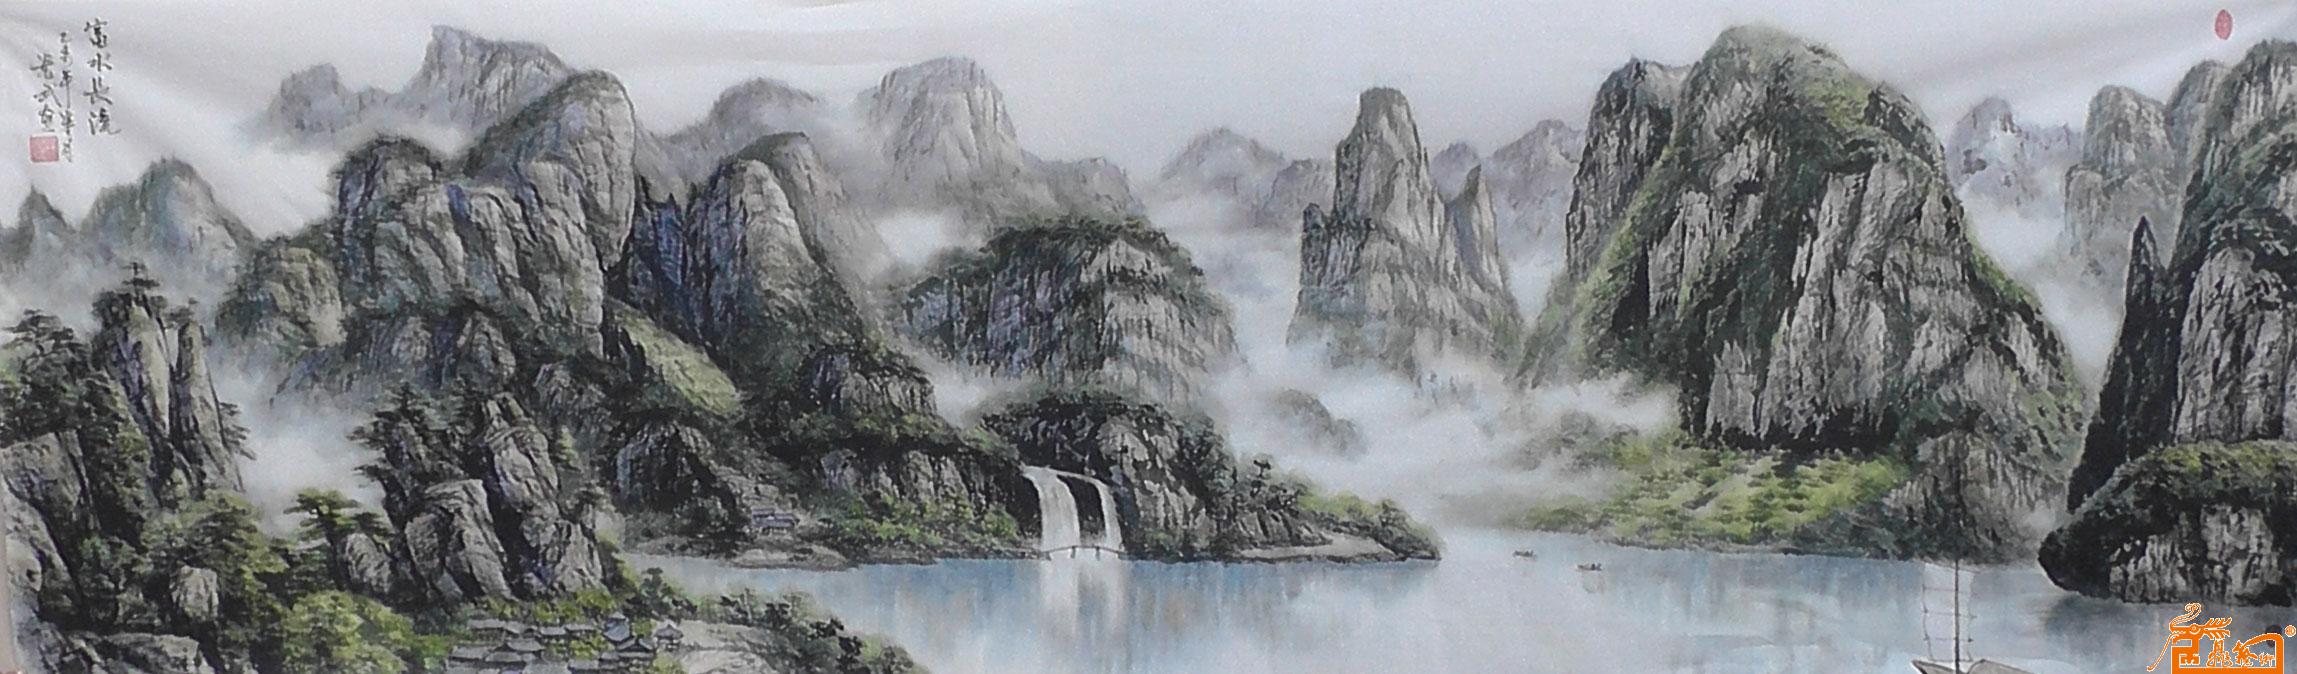
王国富民，霸国富士仅存之国，富大夫亡道之国，富仓府